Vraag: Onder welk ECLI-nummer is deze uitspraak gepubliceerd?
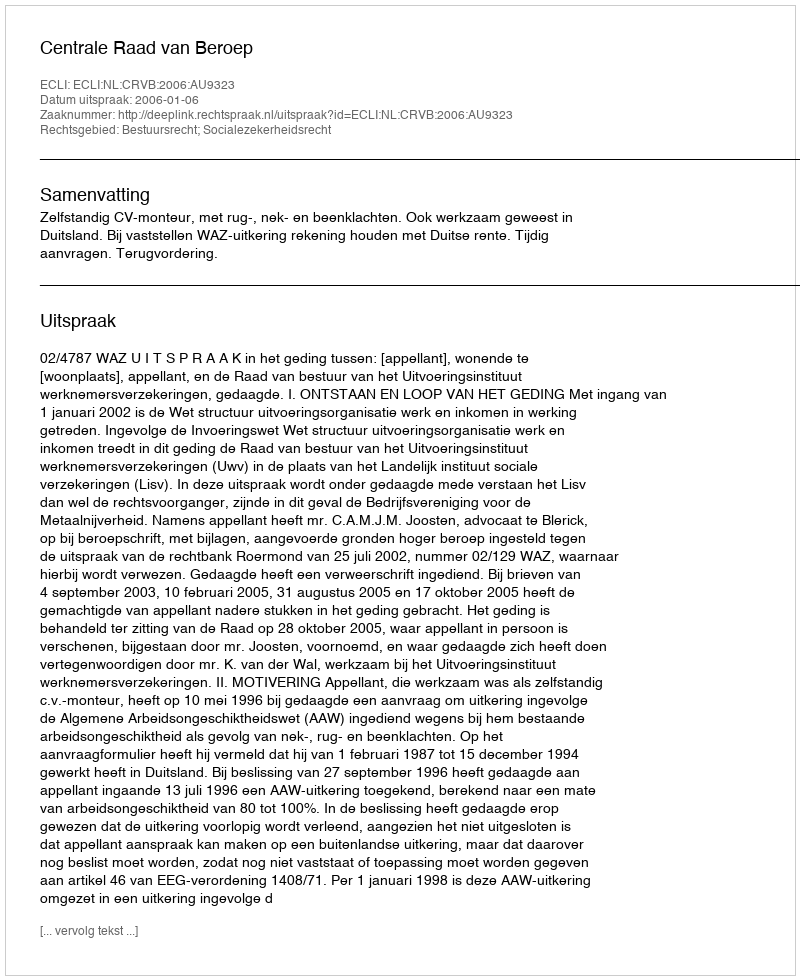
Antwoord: ECLI:NL:CRVB:2006:AU9323